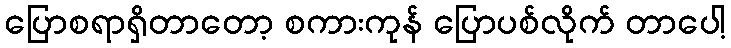
ပြောစရာရှိတာတော့ စကားကုန် ပြောပစ်လိုက် တာပေါ့